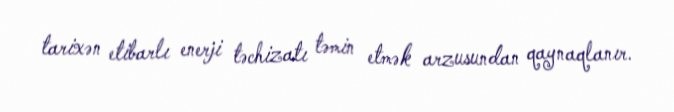
tarixən etibarlı enerji təchizatı təmin etmək arzusundan qaynaqlanır.